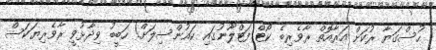
ހުސްގަޔާ ރުކަށް އަރާއޮތް ރާވެރިބެ ކޯޓް ފަޓްލޫނުގައި ކައުންސިލަށް! ހަބީބު ވިދާޅުވީ ރާވެރިޔަކަސް